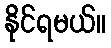
နိုင်ရမယ်။